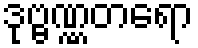
ဒုဗ္ဗဏ္ဏတရော